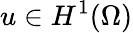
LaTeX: u\in H^{1}(\Omega)